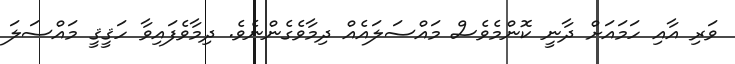
ވަރި އާއި ހަމައަށް ދާނީ ކޮންމެވެސް މައްސަލައެއް ދިމާވެގެންނެވެ. ދިމާވެފައިވާ ހަޤީޤީ މައްސަލަ